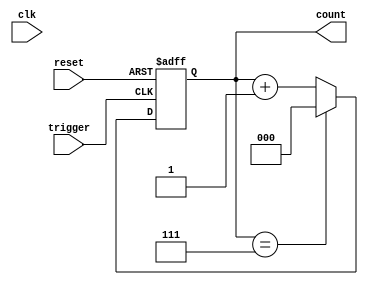
module mod_n_counter #(
    parameter N = 8 // Change this parameter to set the maximum count value (N)
)(
    input wire clk,         // Clock signal (not used for counting, but can be used for simulation)
    input wire reset,       // Asynchronous reset
    input wire trigger,     // External trigger for counting
    output reg [log2(N)-1:0] count // Output count value
);

// Function to calculate log2
function integer log2;
    input integer value;
    begin
        log2 = 0;
        while (2**log2 < value) begin
            log2 = log2 + 1;
        end
    end
endfunction

// Always block for the counter logic
always @(posedge trigger or posedge reset) begin
    if (reset) begin
        count <= 0; // Reset the counter to 0
    end else begin
        if (count == (N - 1)) begin
            count <= 0; // Wrap around to 0 when reaching N
        end else begin
            count <= count + 1; // Increment the counter
        end
    end
end

endmodule